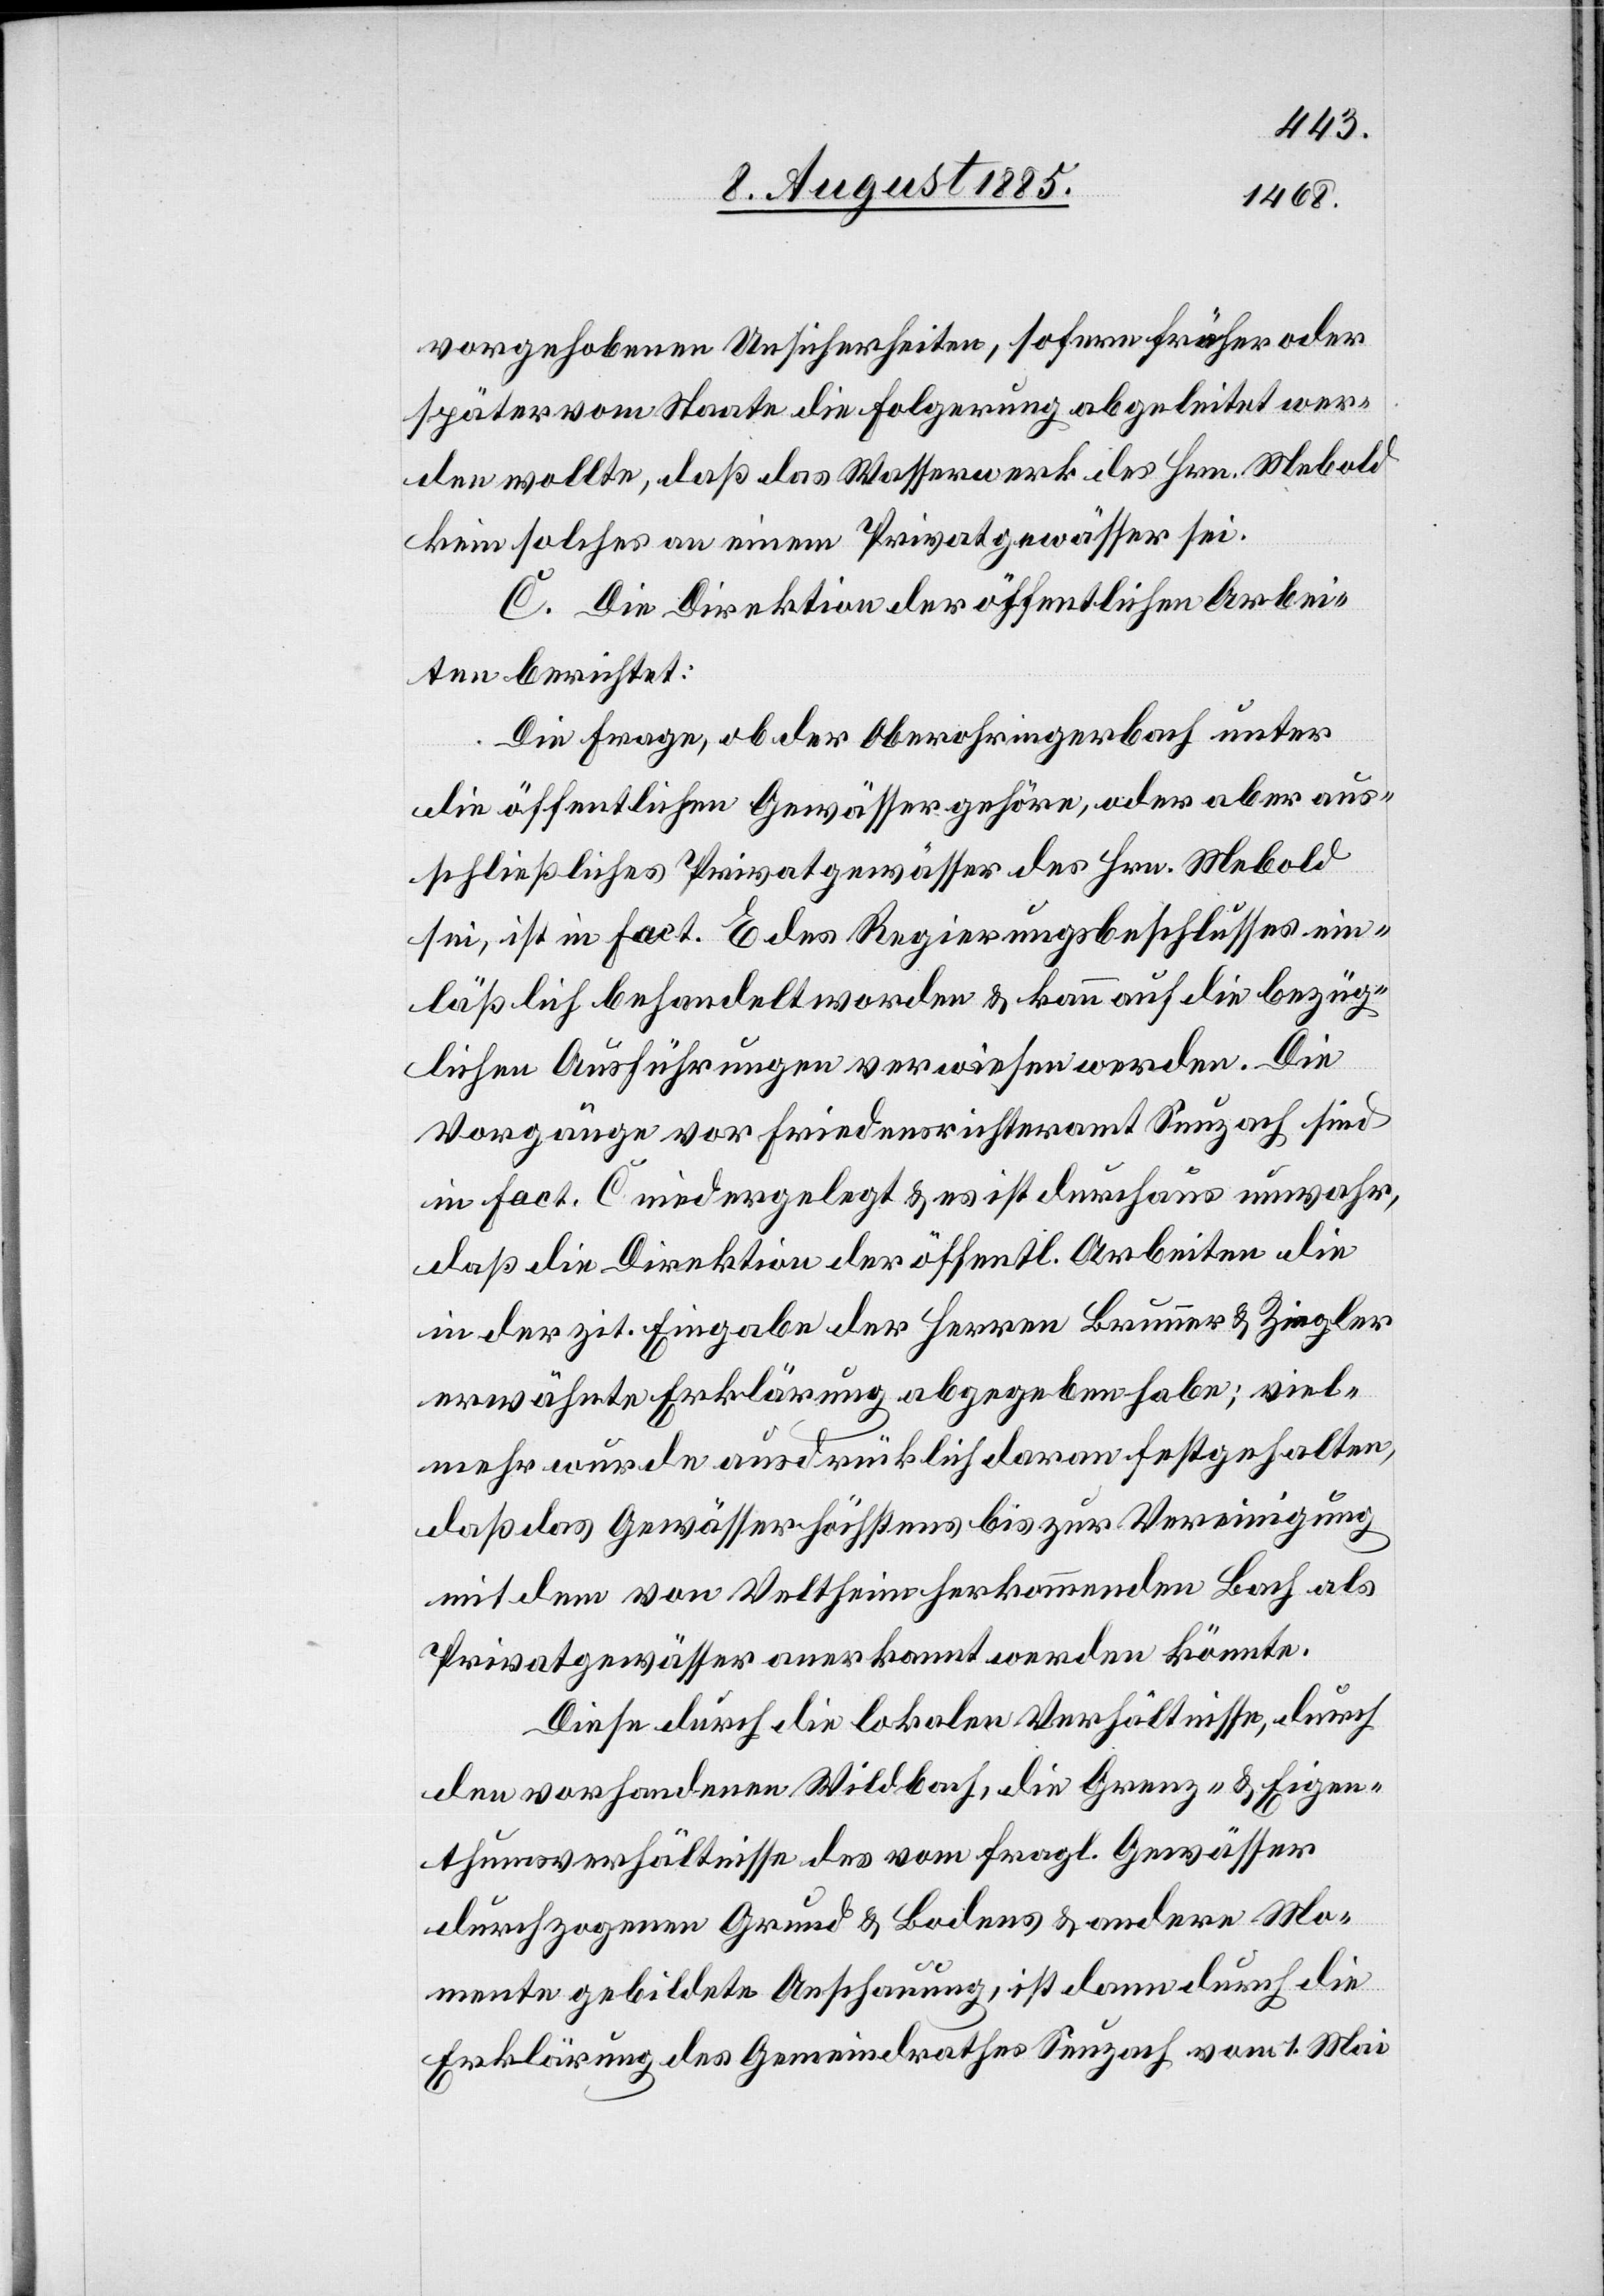
vorgehobenen Unsicherheiten, sofern früher oder
später vom Staate die Folgerung abgeleitet wer¬
den wollte, daß das Wasserwerk des Hrn. Mebold
kein solches an einem Privatgewässer sei.
C. Die Direktion der öffentlichen Arbei¬
ten berichtet:
Die Frage, ob der Oberohringerbach unter
die öffentlichen Gewässer gehöre, oder aber aus¬
schließliches Privatgewässer des Hrn. Mebold
sei, ist in Fact. E des Regierungsbeschlusses ein¬
läßlich behandelt worden & kann auf die bezüg¬
lichen Ausführungen verwiesen werden. Die
Vorgänge vor [dem] Friedensrichteramt Seuzach sind
in Fact. C. niedergelegt & es ist durchaus unwahr,
daß die Direktion der öffentl. Arbeiten die
in der zit. Eingabe der Herren Brunner & Ziegler
erwähnte Erklärung abgegeben habe; viel¬
mehr wurde ausdrücklich daran festgehalten,
daß das Gewässer höchstens bis zur Vereinigung
mit dem von Veltheim herkommenden Bach als
Privatgewässer anerkannt werden könnte.
Diese durch die lokalen Verhältnisse, durch
den vorhanden Wildbach, die Grenz- & Eigen¬
thumsverhältnisse des vom fragl. Gewässer
durchzogenen Grund & Bodens & andere Mo¬
mente gebildete Anschauung, ist dann durch die
Erklärung des Gemeindrathes Seuzach vom 1. Mai